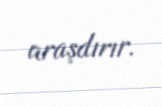
araşdırır.